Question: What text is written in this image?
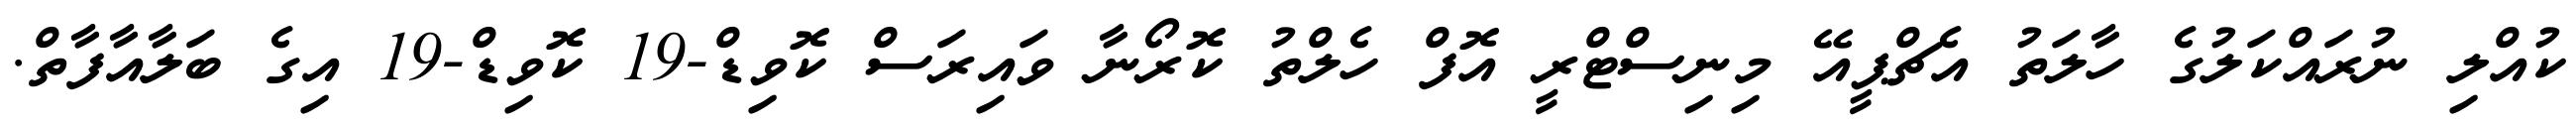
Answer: ކުއްލި ނުރައްކަލުގެ ހާލަތު އެޗްޕީއޭ މިނިސްޓްރީ އޮފް ހެލްތު ކޮރޯނާ ވައިރަސް ކޮވިޑް-19 ކޮވިޑް-19 އިގެ ބަލާއާފާތް.